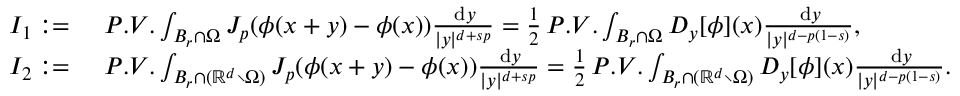
\begin{array} { r l } { I _ { 1 } : = } & { \, \, P . V . \int _ { B _ { r } \cap \Omega } J _ { p } ( \phi ( x + y ) - \phi ( x ) ) \frac { \, \mathrm { d } y } { | y | ^ { d + s p } } = \frac { 1 } { 2 } \, P . V . \int _ { B _ { r } \cap \Omega } D _ { y } [ \phi ] ( x ) \frac { \, \mathrm { d } y } { | y | ^ { d - p ( 1 - s ) } } , } \\ { I _ { 2 } : = } & { \, \, P . V . \int _ { B _ { r } \cap ( \ensuremath { \mathbb { R } } ^ { d } \setminus \Omega ) } J _ { p } ( \phi ( x + y ) - \phi ( x ) ) \frac { \, \mathrm { d } y } { | y | ^ { d + s p } } = \frac { 1 } { 2 } \, P . V . \int _ { B _ { r } \cap ( \ensuremath { \mathbb { R } } ^ { d } \setminus \Omega ) } D _ { y } [ \phi ] ( x ) \frac { \, \mathrm { d } y } { | y | ^ { d - p ( 1 - s ) } } . } \end{array}